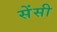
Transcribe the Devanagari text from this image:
सेंसी